Annual report of lunatic asylums [Bombay] - 1912-1922
Year: 1912
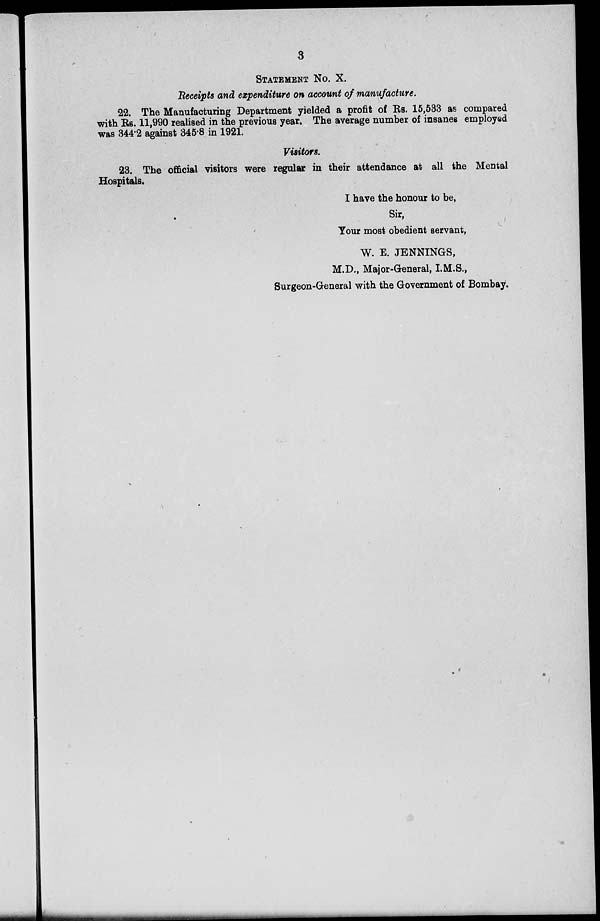
3
STATEMENT NO. X.
Receipts and expenditure on account of manufacture.
22. The Manufacturing Department yielded a profit of Rs. 15,533 as compared
with Rs. 11,990 realised in the previous year. The average number of insanes employed
was 344.2 against 345.8 in 1921.
Visitors.
23. The official visitors were regular in their attendance at all the Mental
Hospitals.
I have the honour to be,
Sir,
Your most obedient servant,
W. E. JENNINGS,
M.D., Major-General, I.M.S.,
Surgeon-General with the Government of Bombay.